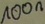
Text: 100n